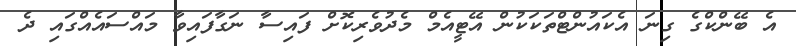
އެ ބޭންކްގެ ގިނަ އެކައުންޓްތަކަކުން އޭޓީއެމް މެދުވެރިކޮށް ފައިސާ ނަގާފައިވާ މައްސައެއްގައި ދެ